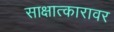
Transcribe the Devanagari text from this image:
साक्षात्कारावर